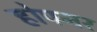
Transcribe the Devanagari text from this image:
होपनर